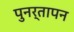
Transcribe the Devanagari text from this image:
पुनर्तापन